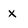
Character: x